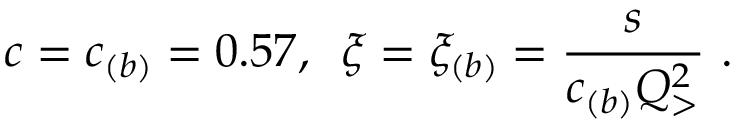
c = c _ { ( b ) } = 0 . 5 7 , \, \, \, \xi = \xi _ { ( b ) } = { \frac { s } { c _ { ( b ) } Q _ { > } ^ { 2 } } } \, \, .